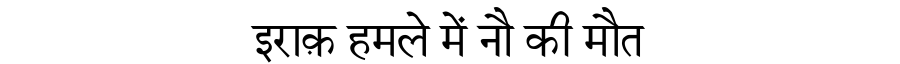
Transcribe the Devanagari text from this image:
इराक़ हमले में नौ की मौत